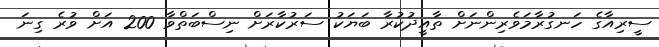
ސީރިއާގެ ހަނގުރާމަވެރިންނަށް ތާއީދުކުރާ ބަޔަކު ސަރުކާރަށް ނިސްބަތްވާ 200 އަށް ވުރެ ގިނަ